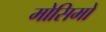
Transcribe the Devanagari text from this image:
मोसिमो